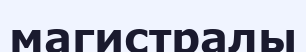
магистралы